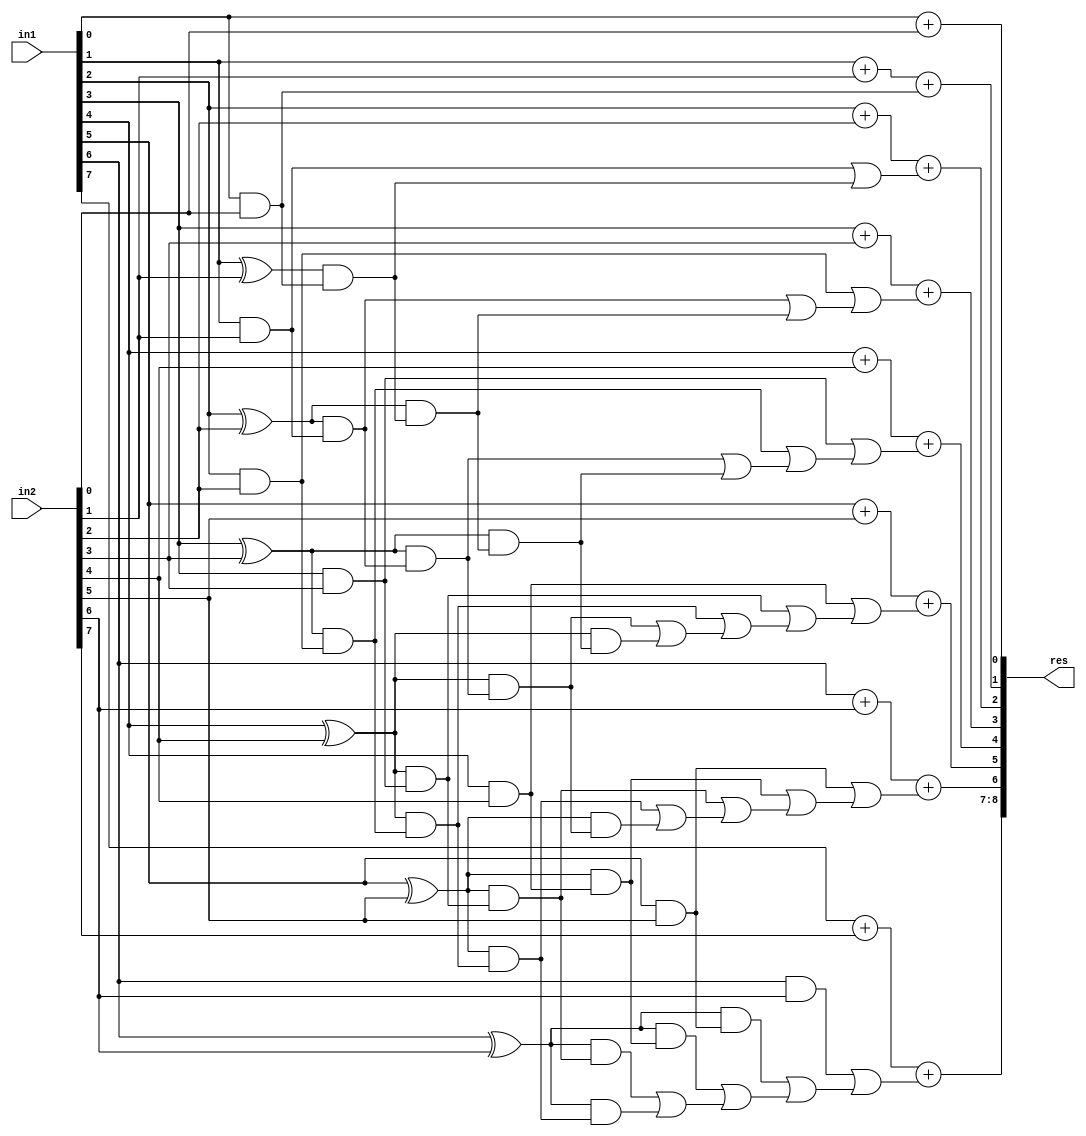
`timescale 1ns / 1ps
//////////////////////////////////////////////////////////////////////////////////
// Company: 
// Engineer: 
// 
// Create Date:    
// Design Name: 
// Module Name:    GDA_St_N8_M8_P5 
// Project Name: 
// Target Devices: 
// Tool versions: 
// Description: 
//
// Dependencies: 
//
// Revision: 
// Revision 0.01 - File Created
// Additional Comments: 
//
//////////////////////////////////////////////////////////////////////////////////
module GDA_St_N8_M8_P5(
    input  [7:0] in1,
    input  [7:0] in2,
    output [8:0] res
    );

wire [2:0] 	temp1, temp2, temp3, temp4, temp5, temp6, temp7, temp8;
wire  		p0,p1,p2,p3,p4,p5,p6,g0,g1,g2,g3,g4,g5,g6,c1,c2,c3,c4,c5,c6,c7;
wire			p1c1,p2c2,p3c3,p4c4,p5c5,p6c6,p2p1c1,p3p2c2,p4p3c3,p5p4c4,p6p5c5,p3p2p1c1,p4p3p2c2,p4p3p2p1c1,p5p4p3c3,p5p4p3p2c2;
wire			p6p5p4c4,p6p5p4p3c3;
wire 			carry_pred_1,carry_pred_2,carry_pred_3,carry_pred_4,carry_pred_5,carry_pred_6;
wire 			carry_pred_2_1;
wire 			carry_pred_3_1,carry_pred_3_2;
wire 			carry_pred_4_1,carry_pred_4_2,carry_pred_4_3;
wire 			carry_pred_5_2,carry_pred_5_3,carry_pred_5_4;
wire 			carry_pred_6_3,carry_pred_6_4,carry_pred_6_5;

and and_0(g0,in1[0],in2[0]);
and and_1(g1,in1[1],in2[1]);
and and_2(g2,in1[2],in2[2]);
and and_3(g3,in1[3],in2[3]);
and and_4(g4,in1[4],in2[4]);
and and_5(g5,in1[5],in2[5]);
and and_6(g6,in1[6],in2[6]);

xor xor_0(p0,in1[0],in2[0]);
xor xor_1(p1,in1[1],in2[1]);
xor xor_2(p2,in1[2],in2[2]);
xor xor_3(p3,in1[3],in2[3]);
xor xor_4(p4,in1[4],in2[4]);
xor xor_5(p5,in1[5],in2[5]);
xor xor_6(p6,in1[6],in2[6]);

assign c1 = g0;

assign c2 = g1;
and and_7(p1c1,p1,c1);
or or_0(carry_pred_1,c2,p1c1);

assign c3 = g2;
and and_8(p2c2,p2,c2);
and and_9(p2p1c1,p2,p1c1);
or or_1(carry_pred_2_1,p2c2,p2p1c1);
or or_2(carry_pred_2,c3,carry_pred_2_1);

assign c4 = g3;
and and_10(p3c3,p3,c3);
and and_11(p3p2c2,p3,p2c2);
and and_12(p3p2p1c1,p3,p2p1c1);
or or_3(carry_pred_3_1,p3p2c2,p3p2p1c1);
or or_4(carry_pred_3_2,p3c3,carry_pred_3_1);
or or_5(carry_pred_3,c4,carry_pred_3_2);

assign c5 = g4;
and and_13(p4c4,p4,c4);
and and_14(p4p3c3,p4,p3c3);
and and_15(p4p3p2c2,p4,p3p2c2);
and and_16(p4p3p2p1c1,p4,p3p2p1c1);
or or_6(carry_pred_4_1,p4p3p2c2,p4p3p2p1c1);
or or_7(carry_pred_4_2,p4p3c3,carry_pred_4_1);
or or_8(carry_pred_4_3,p4c4,carry_pred_4_2);
or or_9(carry_pred_4,c5,carry_pred_4_3);

assign c6 = g5;
and and_17(p5c5,p5,c5);
and and_18(p5p4c4,p5,p4c4);
and and_19(p5p4p3c3,p5,p4p3c3);
and and_20(p5p4p3p2c2,p5,p4p3p2c2);
or or_11(carry_pred_5_2,p5p4p3c3,p5p4p3p2c2);
or or_12(carry_pred_5_3,p5p4c4,carry_pred_5_2);
or or_13(carry_pred_5_4,p5c5,carry_pred_5_3);
or or_14(carry_pred_5,c6,carry_pred_5_4);

assign c7 = g6;
and and_22(p6c6,p6,c6);
and and_23(p6p5c5,p6,p5c5);
and and_24(p6p5p4c4,p6,p5p4c4);
and and_25(p6p5p4p3c3,p6,p5p4p3c3);
or or_17(carry_pred_6_3,p6p5p4c4,p6p5p4p3c3);
or or_18(carry_pred_6_4,p6p5c5,carry_pred_6_3);
or or_19(carry_pred_6_5,p6c6,carry_pred_6_4);
or or_20(carry_pred_6,c7,carry_pred_6_5);

// Results

assign temp1[1:0] = in1[0] + in2[0];
assign temp2[1:0] = in1[1] + in2[1] + c1;
assign temp3[1:0] = in1[2] + in2[2] + carry_pred_1;
assign temp4[1:0] = in1[3] + in2[3] + carry_pred_2;
assign temp5[1:0] = in1[4] + in2[4] + carry_pred_3;
assign temp6[1:0] = in1[5] + in2[5] + carry_pred_4;
assign temp7[1:0] = in1[6] + in2[6] + carry_pred_5;
assign temp8[1:0] = in1[7] + in2[7] + carry_pred_6;
assign res[8:0] = {temp8[1:0],temp7[0],temp6[0],temp5[0],temp4[0],temp3[0],temp2[0],temp1[0]};

endmodule